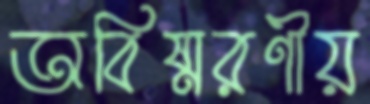
অবিষ্মরণীয়